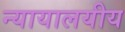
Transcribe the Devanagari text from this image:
न्यायालयीय